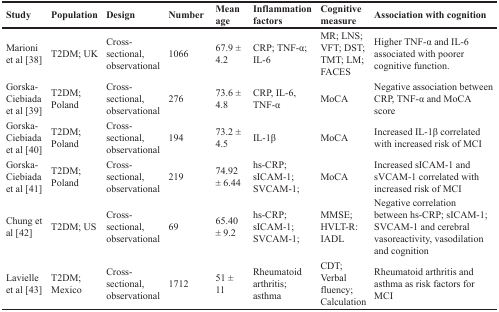
| Study | Population | Design | Number | Mean age | Inflammation factors | Cognitive measure | Association with cognition |
 | --- | --- | --- | --- | --- | --- | --- | --- |
 | Marioni et al [38] | T2DM; UK | Cross-sectional, observational | 1066 | 67.9 ± 4.2 | CRP; TNF-α; IL-6 | MR; LNS; VFT; DST; TMT; LM; FACES | Higher TNF-α and IL-6 associated with poorer cognitive function. |
 | Gorska-Ciebiada et al [39] | T2DM; Poland | Cross-sectional, observational | 276 | 73.6 ± 4.8 | CRP, IL-6, TNF-α | MoCA | Negative association between CRP, TNF-α and MoCA score |
 | Gorska-Ciebiada et al [40] | T2DM; Poland | Cross-sectional, observational | 194 | 73.2 ± 4.5 | IL-1β | MoCA | Increased IL-1β correlated with increased risk of MCI |
 | Gorska-Ciebiada et al [41] | T2DM; Poland | Cross-sectional, observational | 219 | 74.92 ± 6.44 | hs-CRP; sICAM-1; SVCAM-1; | MoCA | Increased sICAM-1 and sVCAM-1 correlated with increased risk of MCI |
 | Chung et al [42] | T2DM; US | Cross-sectional, observational | 69 | 65.40 ± 9.2 | hs-CRP; sICAM-1; SVCAM-1; | MMSE; HVLT-R: IADL | Negative correlation between hs-CRP; sICAM-1; SVCAM-1 and cerebral vasoreactivity, vasodilation and cognition |
 | Lavielle et al [43] | T2DM; Mexico | Cross-sectional, observational | 1712 | 51 ± 11 | Rheumatoid arthritis; asthma | CDT; Verbal fluency; Calculation | Rheumatoid arthritis and asthma as risk factors for MCI |